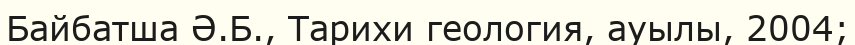
Байбатша Ә.Б., Тарихи геология, ауылы, 2004;